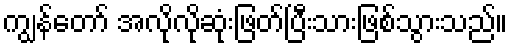
ကျွန်တော် အလိုလိုဆုံးဖြတ်ပြီးသားဖြစ်သွားသည်။